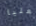
فعليا